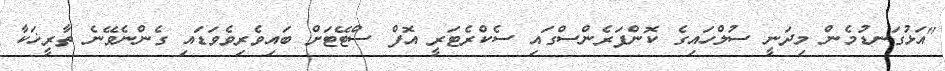
"އަޅުގަނޑުމެން މިދަނީ ސުލްހައިގެ ކޮންފަރެންސްގައި ސެކްރެޓަރީ އޮފް ސްޓޭޓަށް ބައިވެރިވެވަޑައި ގެންނެވޭނެ ތާރީޚަކާ